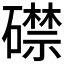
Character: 𥖜